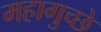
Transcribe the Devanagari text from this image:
महागुच्छे